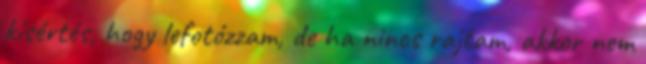
kísértés, hogy lefotózzam, de ha nincs rajtam, akkor nem